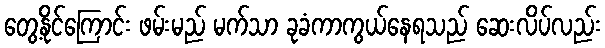
တွေ့နိုင်ကြောင်း ဖမ်းမည် မက်သာ ခုခံကာကွယ်နေရသည် ဆေးလိပ်လည်း